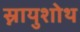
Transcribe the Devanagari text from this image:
स्नायुशोथ